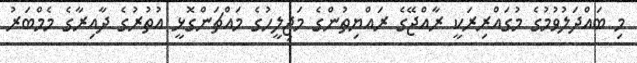
މި ބައްދަލުވުމުގެ މުގައްރިރަކީ ރާއްޖޭގެ ރައްޔިތުންގެ މަޖިލީހުގެ މައްޗަންގޮޅީ އުތުރުގެ ދާއިރާގެ މެމްބަރު